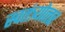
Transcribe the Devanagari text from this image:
स्वतंत्र्योत्‍तर